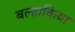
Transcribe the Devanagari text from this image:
बल्हाकिया